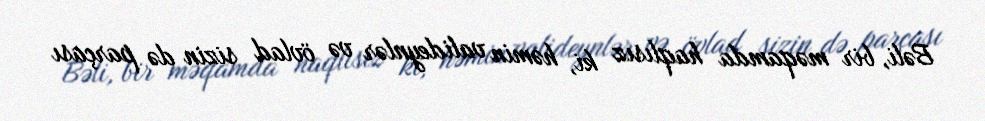
Bəli, bir məqamda haqlısız ki, həmin valideynlər və övlad sizin də parçası